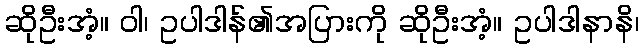
ဆိုဦးအံ့။ ဝါ၊ ဥပါဒါန်၏အပြားကို ဆိုဦးအံ့။ ဥပါဒါနာနိ၊